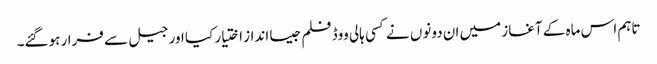
تاہم اس ماہ کے آغاز میں ان دونوں نے کسی ہالی ووڈ فلم جیسا انداز اختیار کیا اور جیل سے فرار ہوگئے۔